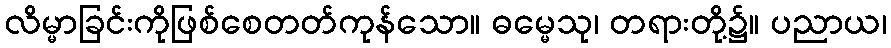
လိမ္မာခြင်းကိုဖြစ်စေတတ်ကုန်သော။ ဓမ္မေသု၊ တရားတို့၌။ ပညာယ၊